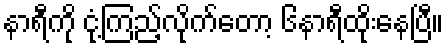
နာရီကို ငုံ့ကြည့်လိုက်တော့ ၆နာရီထိုးနေပြီ။